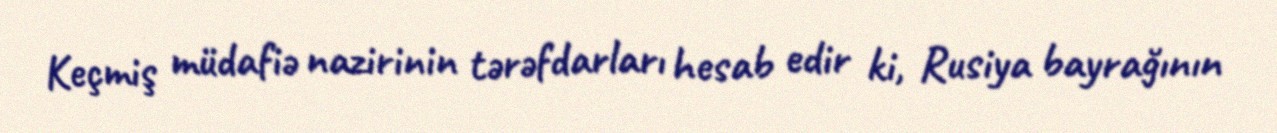
Keçmiş müdafiə nazirinin tərəfdarları hesab edir ki, Rusiya bayrağının